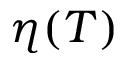
\eta ( T )